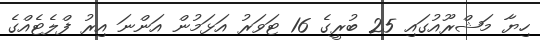
ހިޔާ މަޝްރޫއުގައި 25 ބުރީގެ 16 ޓަވަރު އަޅަމުން އަންނަ އިރު ފްލެޓެއްގެ